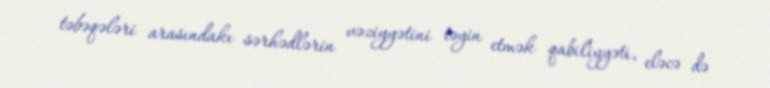
təbəqələri arasındakı sərhədlərin vəziyyətini təyin etmək qabiliyyəti, eləcə də